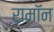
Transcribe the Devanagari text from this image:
रामॉन